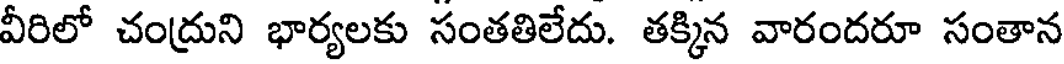
వీరిలో చంద్రుని భార్యలకు సంతతిలేదు. తక్కిన వారందరూ సంతాన